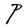
Character: P